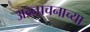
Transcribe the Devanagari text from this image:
अन्न्पचनाच्या